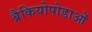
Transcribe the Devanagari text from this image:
ब्रैकियोपोडाओं